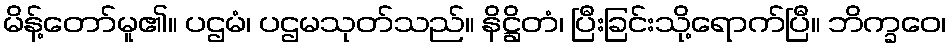
မိန့်တော်မူ၏။ ပဌမံ၊ ပဌမသုတ်သည်။ နိဋ္ဌိတံ၊ ပြီးခြင်းသို့ရောက်ပြီ။ ဘိက္ခဝေ၊